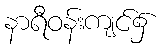
နာရီဝန်းကျင်၌